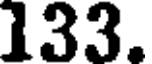
133.